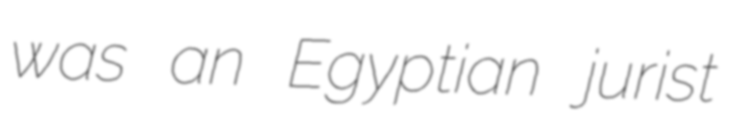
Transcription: was an Egyptian jurist